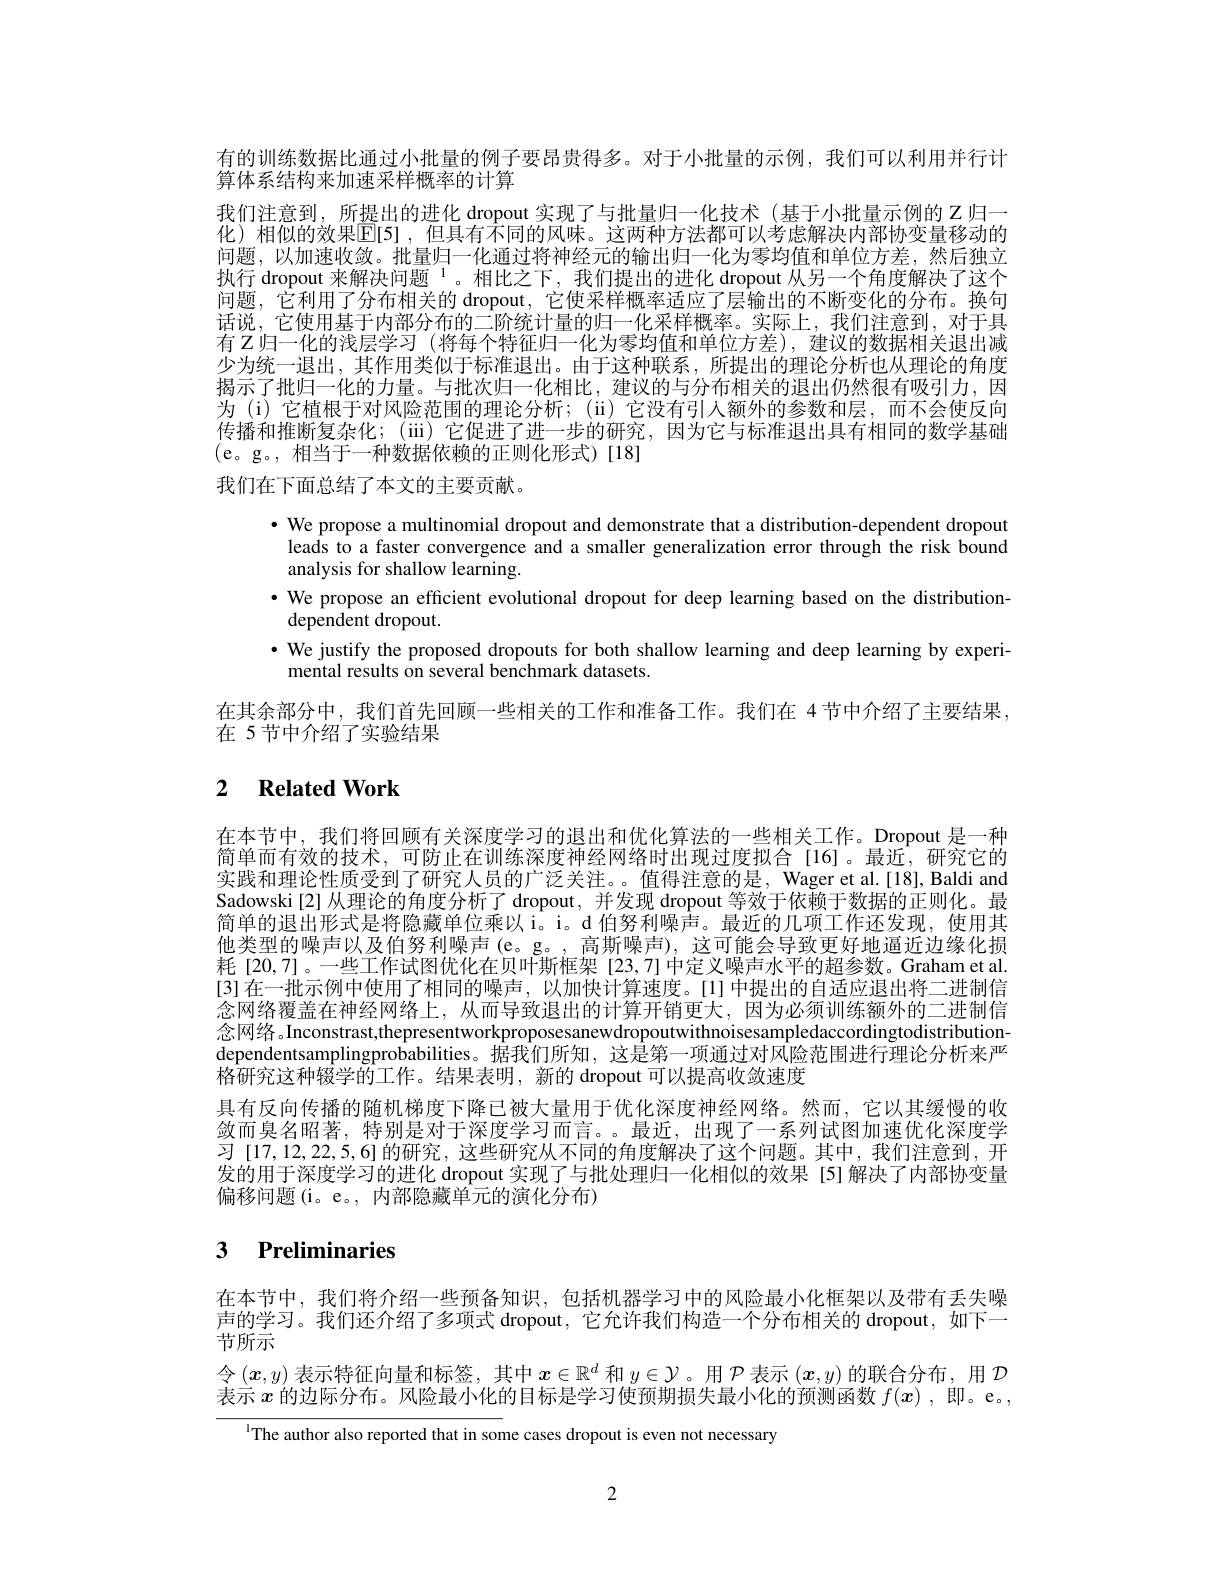
有的训练数据比通过小批量的例子要昂贵得多。对于小批量的示例，我们可以利用并行计
算体系结构来加速采样概率的计算
我们注意到，所提出的进化 dropout 实现了与批量归一化技术(基于小批量示例的$z$归一化)相似的效果$\hat{\mathbb{E}}$[5],但具有不同的风味。这两种方法都可以考虑解决内部协变量移动的问题，以加速收敛。批量归一化通过将神经元的输出归一化为零均值和单位方差，然后独立执行 dropout 来解决问题$^{1}$。相比之下，我们提出的进化 dropout 从另一个角度解决了这个问题，它利用了分布相关的 dropout, 它使采样概率适应了层输出的不断变化的分布。换句话说，它使用基于内部分布的二阶统计量的归一化采样概率。实际上，我们注意到，对于具有 Z 归一化的浅层学习 (将每个特征归一化为零均值和单位方差),建议的数据相关退出减少为统一退出，其作用类似于标准退出。由于这种联系，所提出的理论分析也从理论的角度揭示了批归一化的力量。与批次归一化相比，建议的与分布相关的退出仍然很有吸引力，因为 (i) 它植根于对风险范围的理论分析；(ii) 它没有引入额外的参数和层，而不会使反向传播和推断复杂化；(ii) 它促进了进一步的研究，因为它与标准退出具有相同的数学基础
我们在下面总结了本文的主要贡献。

· We propose a multinomial dropout and demonstrate that a distribution-dependent dropout
leads to a faster convergence and a smaller generalization error through the risk bound
analysis for shallow learning.
$\cdot$ We propose an efficient evolutional dropout for deep learning based on the distribution-
dependent dropout.
$\bullet$ We justify the proposed dropouts for both shallow learning and deep learning by experi-
mental results on several benchmark datasets.
在其余部分中，我们首先回顾一些相关的工作和准备工作。我们在 4节中介绍了主要结果，
在 5 节中介绍了实验结果

# 2 $\textbf{Related Work}$

在本节中，我们将回顾有关深度学习的退出和优化算法的一些相关工作。Dropout 是一种简单而有效的技术，可防止在训练深度神经网络时出现过度拟合[16]。最近，研究它的实践和理论性质受到了研究人员的广泛关注。。值得注意的是，Wager et al.[18], Baldi and Sadowski[2]从理论的角度分析了 dropout, 并发现 dropout 等效于依赖于数据的正则化。最简单的退出形式是将隐藏单位乘以 i。i。d 伯努利噪声。最近的几项工作还发现，使用其他类型的噪声以及伯努利噪声(e。g。, 高斯噪声), 这可能会导致更好地逼近边缘化损耗[20,7]。一些工作试图优化在贝叶斯框架[23,7]中定义噪声水平的超参数。Graham et al. [3] 在一批示例中使用了相同的噪声，以加快计算速度。[1] 中提出的自适应退出将二进制信念网络覆盖在神经网络上，从而导致退出的计算开销更大，因为必须训练额外的二进制信念网络。Inconstrast,thepresentworkproposesanewdropoutwithnoisesampledaccordingtodistributiondependentsamplingprobabilities。据我们所知，这是第一项通过对风险范围进行理论分析来严格研究这种辍学的工作。结果表明，新的 dropout 可以提高收敛速度
具有反向传播的随机梯度下降已被大量用于优化深度神经网络。然而，它以其缓慢的收敛而臭名昭著，特别是对于深度学习而言。。最近，出现了一系列试图加速优化深度学习[17,12,22,5,6]的研究，这些研究从不同的角度解决了这个问题。其中，我们注意到，开发的用于深度学习的进化 dropout 实现了与批处理归一化相似的效果 [5]解决了内部协变量偏移问题(i。e。, 内部隐藏单元的演化分布)

# 3 Preliminaries

在本节中，我们将介绍一些预备知识，包括机器学习中的风险最小化框架以及带有丢失噪声的学习。我们还介绍了多项式 dropout, 它允许我们构造一个分布相关的 dropout, 如下一节所示
令$\left(x,y\right)$表示特征向量和标签，其中$x\in\mathbb{R}^d$ 和 $y\in\mathcal{Y}$。用 $\mathcal{P}$ 表示 $\left(x,y\right)$的联合分布，用 $\mathcal{D}$ 表示$x$的边际分布。风险最小化的目标是学习使预期损失最小化的预测函数$f(x)$,即。e。,

$^{\mathrm{l}}$The author also reported that in some cases dropout is even not necessary

2